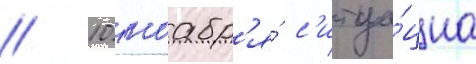
// 10 ноабр'я́ с'итуа́циа